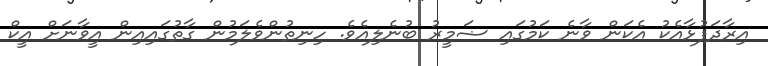
އިރާދަފުޅާއެކު އެކަން ވާނެ ކަމުގައި ޟަމީރު ބުނެލިއެވެ. ހިނިތުންވެލަމުން ގާތުގައިއިން އީވާނަށް އީކް